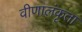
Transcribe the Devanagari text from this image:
वीणालंकृता